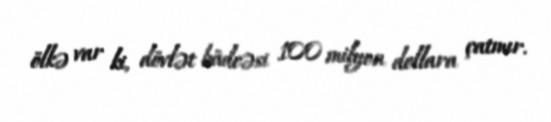
ölkə var ki, dövlət büdcəsi 100 milyon dollara çatmır.